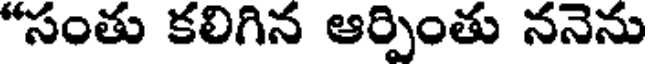
"సంతు కలిగిన ఆర్పింతు ననెను